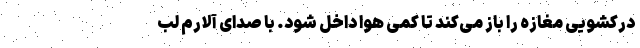
درکشویی مغازه را باز می‌کند تا کمی هوا داخل شود. با صدای آلارم لب